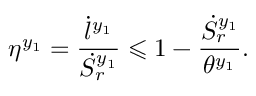
\eta ^ { y _ { 1 } } = \frac { \dot { l } ^ { y _ { 1 } } } { \dot { S } _ { r } ^ { y _ { 1 } } } \leqslant 1 - \frac { \dot { S } _ { r } ^ { y _ { 1 } } } { \theta ^ { y _ { 1 } } } .